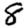
Digit: 8